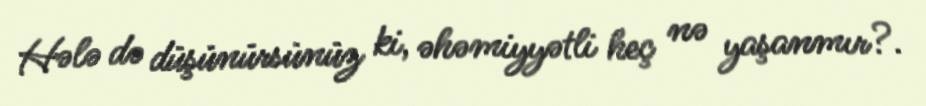
Hələ də düşünürsünüz ki, əhəmiyyətli heç nə yaşanmır?.